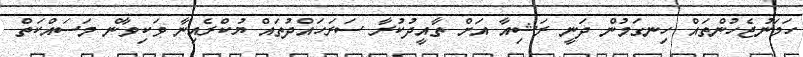
ހަމަނުޖެހުންތައް ހިނގަމުން ދަނީ ރަޝިއާ އަށް ތާއީދުކުރާ ސަރަހައްދުތައް ޔުކްރެއިނާ ވަކިވާން މަސައްކަތް